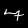
Digit: 7